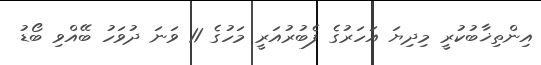
އިންތިޚާބުކުރީ މިދިޔަ އަހަރުގެ ފެބުރުއަރީ މަހުގެ 11 ވަނަ ދުވަހު ބޭއްވި ބޯޑު